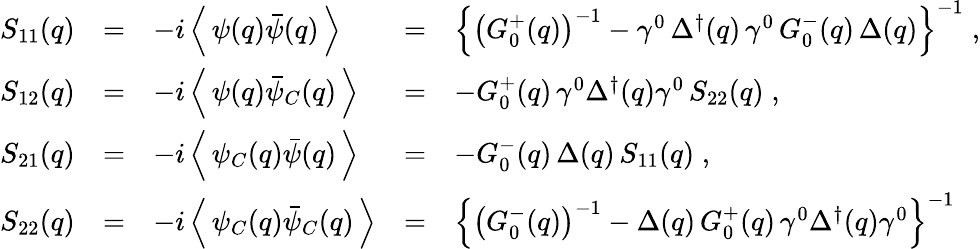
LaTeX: \begin{array}{lclcl}{{S_{11}(q)}}&{{=}}&{{-i\left\langle\, \psi(q)\bar{\psi}(q)\, \right\rangle}}&{{=}}&{{\left\{ \left(G_{0}^{+}(q)\right)^{-1}-\gamma^{0}\, \Delta^{\dagger}(q)\, \gamma^{0}\, G_{0}^{-}(q)\, \Delta(q)\right\} ^{-1}\; ,}}\\ {{S_{12}(q)}}&{{=}}&{{-i\left\langle\, \psi(q)\bar{\psi}_{C}(q)\, \right\rangle}}&{{=}}&{{-G_{0}^{+}(q)\, \gamma^{0}\Delta^{\dagger}(q)\gamma^{0}\, S_{22}(q)\; ,}}\\ {{S_{21}(q)}}&{{=}}&{{-i\left\langle\, \psi_{C}(q)\bar{\psi}(q)\, \right\rangle}}&{{=}}&{{-G_{0}^{-}(q)\, \Delta(q)\, S_{11}(q)\; ,}}\\ {{S_{22}(q)}}&{{=}}&{{-i\left\langle\, \psi_{C}(q)\bar{\psi}_{C}(q)\, \right\rangle}}&{{=}}&{{\left\{ \left(G_{0}^{-}(q)\right)^{-1}-\Delta(q)\, G_{0}^{+}(q)\, \gamma^{0}\Delta^{\dagger}(q)\gamma^{0}\right\} ^{-1}}}\end{array}